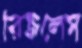
রিজলেস